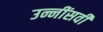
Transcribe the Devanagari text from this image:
उन्नींसवीं